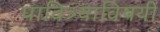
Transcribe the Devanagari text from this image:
पावित्र्याविषयी